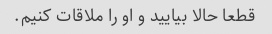
قطعا حالا بیایید و او را ملاقات کنیم.